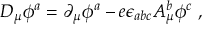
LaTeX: D _ { \mu } \phi ^ { a } = \partial _ { \mu } \phi ^ { a } - e \epsilon _ { a b c } A _ { \mu } ^ { b } \phi ^ { c } \ ,